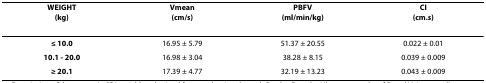
<table><thead><tr><td><b>WEIGHT(kg)</b></td><td><b>Vmean(cm/s)</b></td><td><b>PBFV(ml/min/kg)</b></td><td><b>CI(cm.s)</b></td></tr></thead><tbody><tr><td><b>≤ 10.0</b></td><td>16.95 ± 5.79</td><td>51.37 ± 20.55</td><td>0.022 ± 0.01</td></tr><tr><td><b>10.1 - 20.0</b></td><td>16.98 ± 3.04</td><td>38.28 ± 8.15</td><td>0.039 ± 0.009</td></tr><tr><td><b>≥ 20.1</b></td><td>17.39 ± 4.77</td><td>32.19 ± 13.23</td><td>0.043 ± 0.009</td></tr></tbody></table>